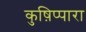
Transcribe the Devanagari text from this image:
कुष़िप्पारा